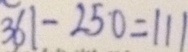
3 6 1 - 2 5 0 = 1 1 1